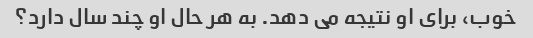
خوب، برای او نتیجه می دهد. به هر حال او چند سال دارد؟